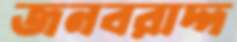
জনবরাদ্দ